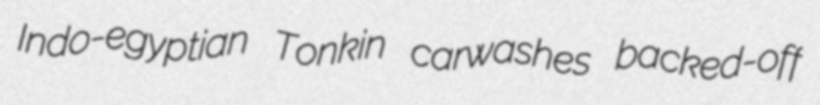
Indo-egyptian Tonkin carwashes backed-off